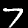
Digit: 7